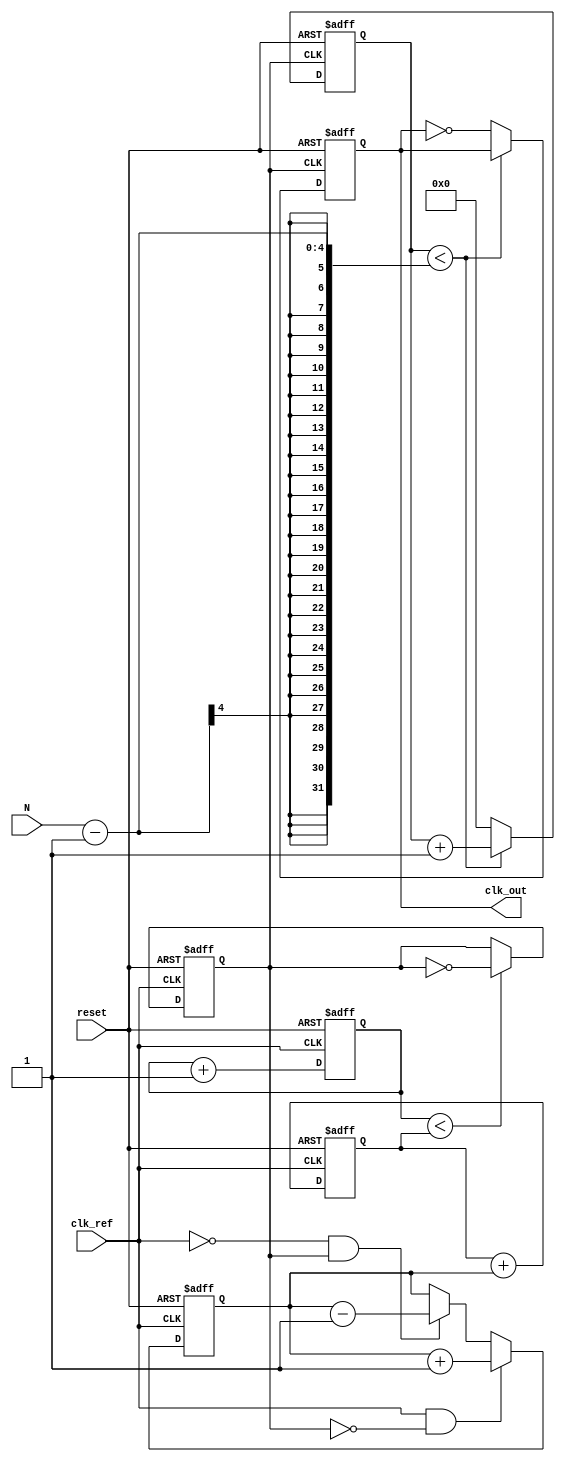
module integer_n_pll (
    input wire clk_ref,         // Reference clock input
    input wire reset,           // Reset signal
    input wire [3:0] N,         // Integer division factor
    output reg clk_out          // Output clock signal
);

    // Internal signals
    reg [3:0] phase_error;      // Phase error signal
    reg [7:0] control_voltage;  // Control voltage for VCO
    reg [3:0] vco_count;        // VCO counter
    reg clk_vco;                // VCO output clock
    reg [3:0] divider_count;    // Divider counter

    // Phase Detector (PD)
    always @(posedge clk_ref or posedge reset) begin
        if (reset) begin
            phase_error <= 0;
        end else begin
            // Simple phase detector logic (example)
            if (clk_ref && !clk_vco) begin
                phase_error <= phase_error + 1; // Increment error
            end else if (!clk_ref && clk_vco) begin
                phase_error <= phase_error - 1; // Decrement error
            end
        end
    end

    // Loop Filter (LF)
    always @(posedge clk_ref or posedge reset) begin
        if (reset) begin
            control_voltage <= 0;
        end else begin
            // Simple low-pass filter (example)
            control_voltage <= control_voltage + phase_error; // Integrate error
        end
    end

    // Voltage-Controlled Oscillator (VCO)
    always @(posedge clk_ref or posedge reset) begin
        if (reset) begin
            vco_count <= 0;
            clk_vco <= 0;
        end else begin
            // VCO frequency tuning based on control voltage
            if (vco_count < control_voltage) begin
                clk_vco <= ~clk_vco; // Toggle VCO output
            end
            vco_count <= vco_count + 1;
        end
    end

    // Frequency Divider
    always @(posedge clk_vco or posedge reset) begin
        if (reset) begin
            divider_count <= 0;
            clk_out <= 0;
        end else begin
            if (divider_count < N - 1) begin
                divider_count <= divider_count + 1;
            end else begin
                clk_out <= ~clk_out; // Toggle output clock
                divider_count <= 0;   // Reset divider count
            end
        end
    end

endmodule